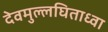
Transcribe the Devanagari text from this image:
देवमुल्लघिताध्वा